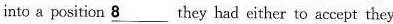
into a position \underline{8}they had either to accept they